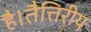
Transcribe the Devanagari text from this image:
है।तैत्तिरीय